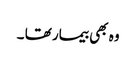
وہ بھی بیمار تھا ۔